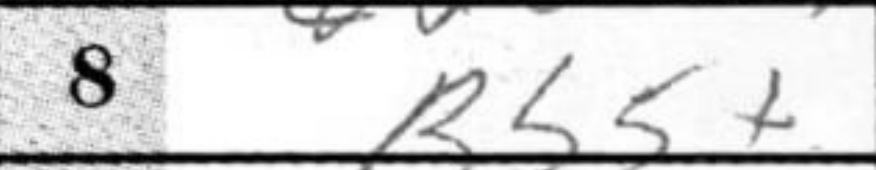
Transcription: Bb5+